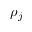
\rho _ { j }